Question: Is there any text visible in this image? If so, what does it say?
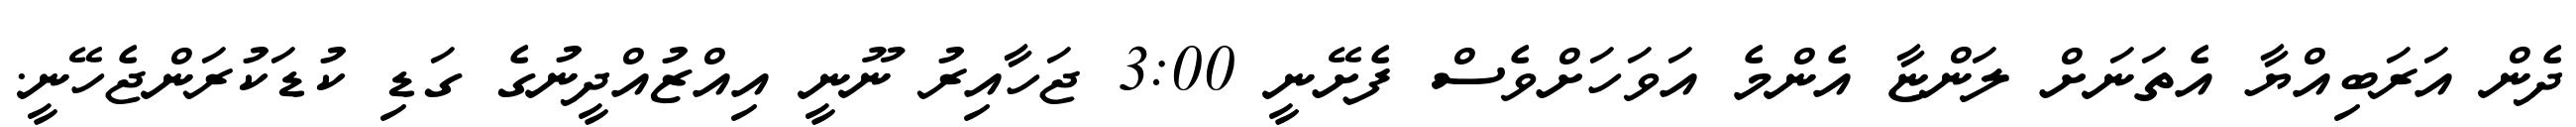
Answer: ދެން އަރަބިއްޔާ އެތަނަށް ލަންޏާ އެންމެ އަވަހަށްވެސް ފެށޭނީ 3:00 ޖަހާއިރު ނޫނީ އިއްޒުއްދީނުގެ ގަޑި ކުޑަކުރަންޖެހޭނީ.